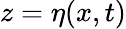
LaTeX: z=\eta(x,t)